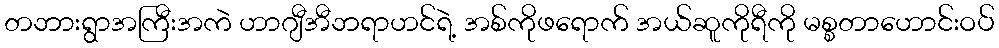
တဘားရွာအကြီးအကဲ ဟာဂျီအီဘရာဟင်ရဲ့ အစ်ကိုဖရောက် အယ်ဆူကိုရီကို မစ္စတာဟောင်းဝပ်